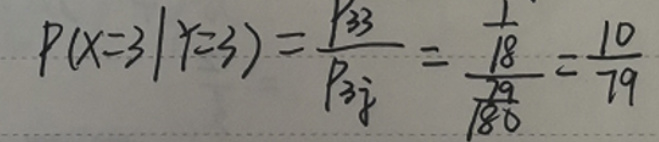
\[
P(X = 3|Y = 3)=\frac{p_{33}}{p_{3\cdot}}=\frac{\frac{1}{18}}{\frac{19}{180}}=\frac{10}{19}
\]